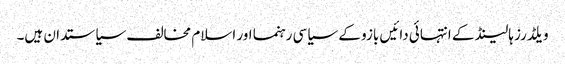
ویلڈرز ہالینڈ کے انتہائی دائیں بازو کے سیاسی رہنما اور اسلام مخالف سیاستدان ہیں۔